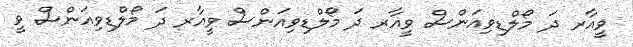
ވީއާރ ދަ މޯލްޑިވިއަންސް ވީއާރ ދަ މޯލްޑިވިއަންސް ވީއާރ ދަ މޯލްޑިވިއަންސް ވީ